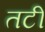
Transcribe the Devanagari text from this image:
तटीं